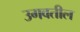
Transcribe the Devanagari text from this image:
उगवतील